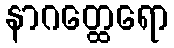
နာဂတ္ထေရော